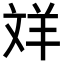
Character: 𦍢